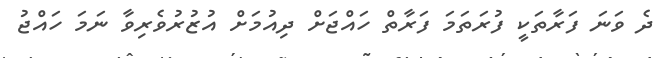
ދެ ވަނަ ފަރާތަކީ ފުރަތަމަ ފަރާތް ހައްޖަށް ދިއުމަށް އުޒުރުވެރިވާ ނަމަ ހައްޖު